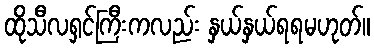
ထိုသီလရှင်ကြီးကလည်း နှယ်နှယ်ရရမဟုတ်။